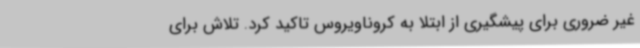
غیر ضروری برای پیشگیری از ابتلا به کروناویروس تاکید کرد. تلاش برای